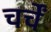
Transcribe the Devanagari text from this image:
चर्चें